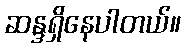
ဆန္ဒရှိနေပါတယ်။